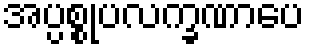
အပ္ပစ္စုပလက္ခဏာပေ